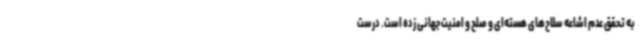
به تحقق عدم اشاعه سلاح‌های هسته‌ای و صلح و امنیت جهانی زده است. درست